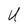
Character: U